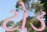
ટોડ